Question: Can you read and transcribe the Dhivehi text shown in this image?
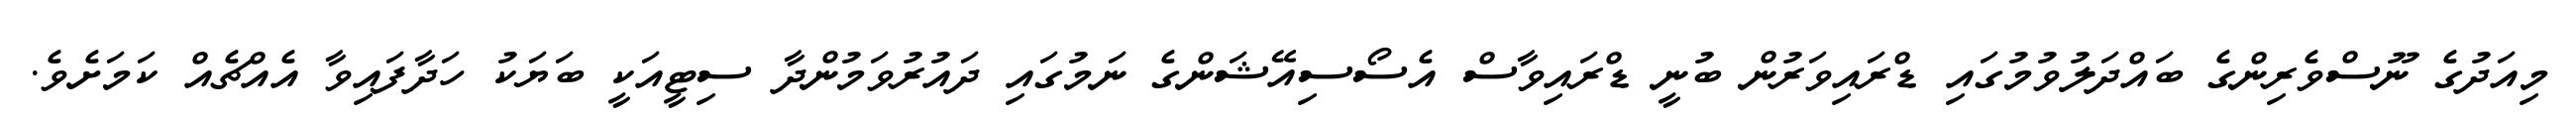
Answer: މިއަދުގެ ނޫސްވެރިންގެ ބައްދަލުވުމުގައި ޑްރައިވަރުން ބުނީ ޑްރައިވާސް އެސޯސިއޭޝަންގެ ނަމުގައި ދައުރުވަމުންދާ ސިޓީއަކީ ބަޔަކު ހަދާފައިވާ އެއްޗެއް ކަމަށެވެ.